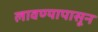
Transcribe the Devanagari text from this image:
लावण्यापासून